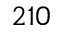
2 1 0